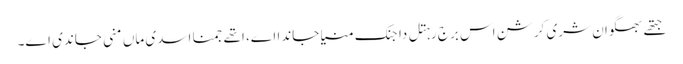
جتھے بھگوان شری کرشن اس برج رہتل دا جنک منیا جاندا اے، اتھے جمنا اسدی ماں منی جاندی اے۔